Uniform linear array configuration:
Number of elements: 4
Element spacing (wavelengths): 0.25
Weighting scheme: binomial
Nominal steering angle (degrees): -30
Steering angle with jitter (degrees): -29.744
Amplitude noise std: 0.05
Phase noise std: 0.05

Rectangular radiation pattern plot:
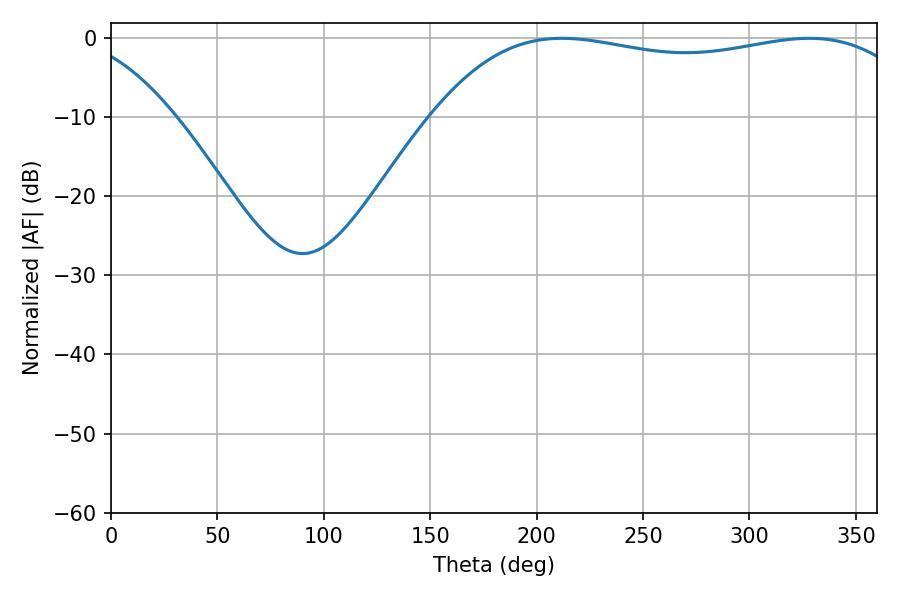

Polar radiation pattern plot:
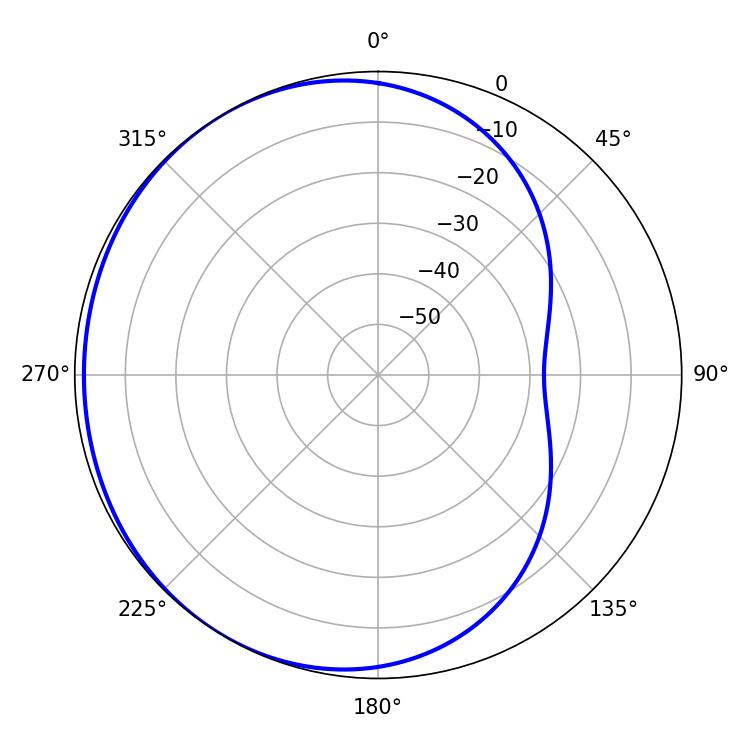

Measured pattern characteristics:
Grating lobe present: FALSE
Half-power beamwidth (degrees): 184.14
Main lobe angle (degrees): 211.86